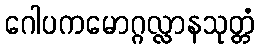
ဂေါပကမောဂ္ဂလ္လာနသုတ္တံ